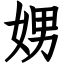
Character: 娚